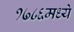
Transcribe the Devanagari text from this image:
१७८६मध्ये